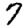
Digit: 7